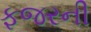
ફજરની